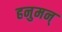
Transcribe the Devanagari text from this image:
हनुमन्